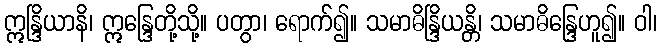
ဣန္ဒြိယာနိ၊ ဣန္ဒြေတို့သို့။ ပတွာ၊ ရောက်၍။ သမာဓိန္ဒြိယန္တိ၊ သမာဓိန္ဒြေဟူ၍။ ဝါ၊